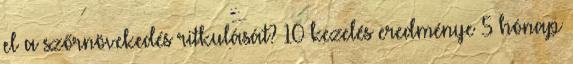
el a szőrnövekedés ritkulását? 10 kezelés eredménye 5 hónap